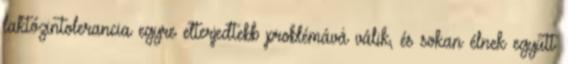
laktózintolerancia egyre elterjedtebb problémává válik, és sokan élnek együtt